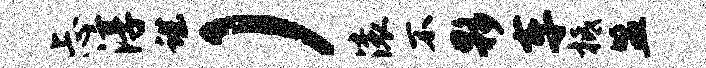
忐淳谌）滚不夥车柢盟